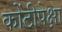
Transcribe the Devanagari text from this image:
कोंटीपेक्षा